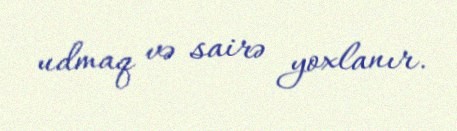
udmaq və sairə yoxlanır.